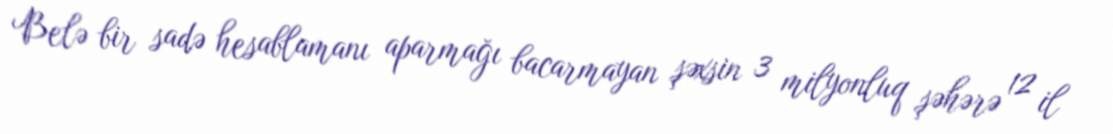
Belə bir sadə hesablamanı aparmağı bacarmayan şəxsin 3 milyonluq şəhərə 12 il